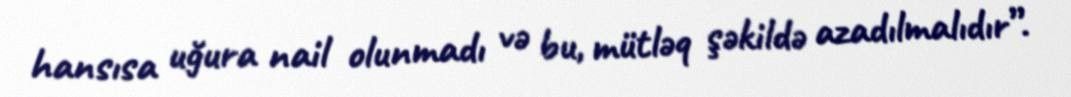
hansısa uğura nail olunmadı və bu, mütləq şəkildə azadılmalıdır”.